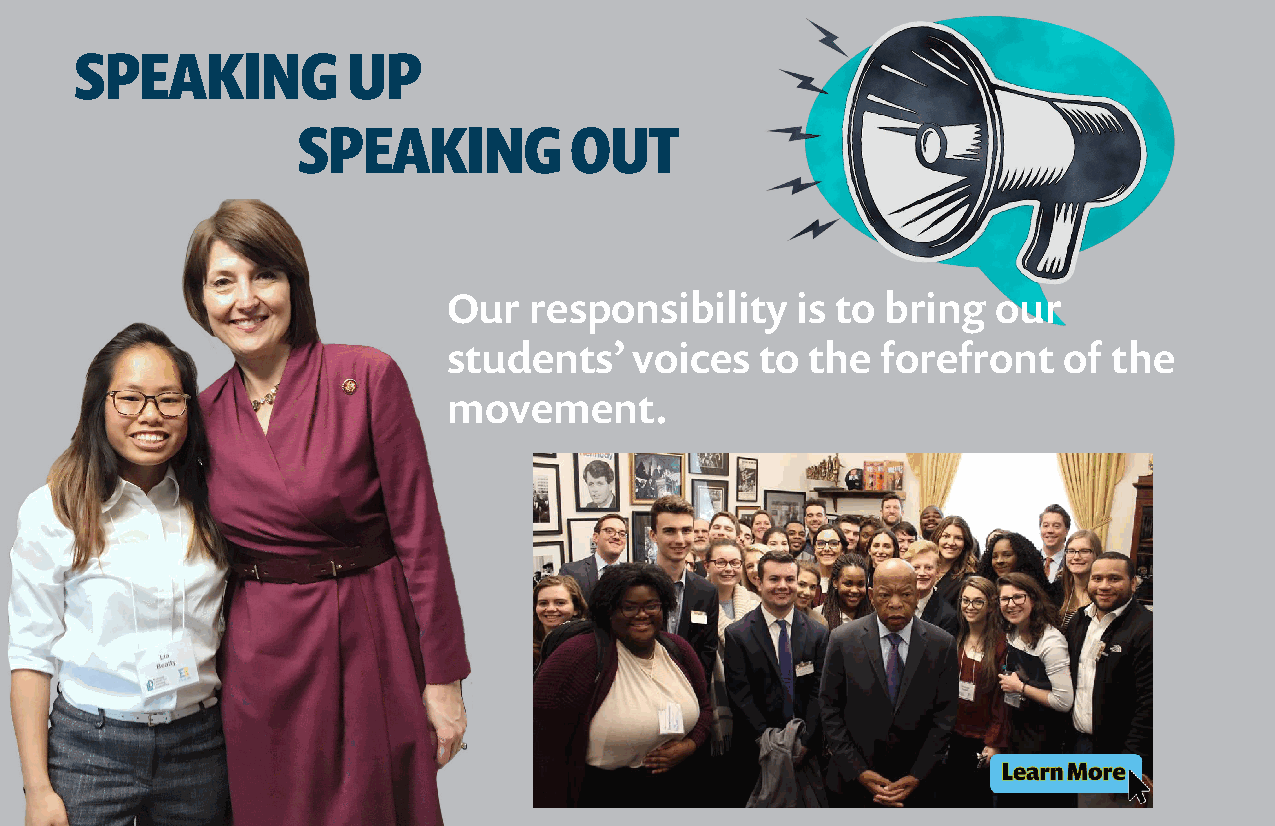
SPEAKING          UP
 SPEAKING          OUT
 Our  responsibility    is to bring  our
 students’   voices  to  the forefront   of  the
 movement.